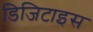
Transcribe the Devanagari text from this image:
डिजिटाइस